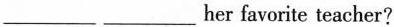
___ ___her favorite teacher?